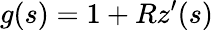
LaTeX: g(s)=1+Rz^{\prime}(s)